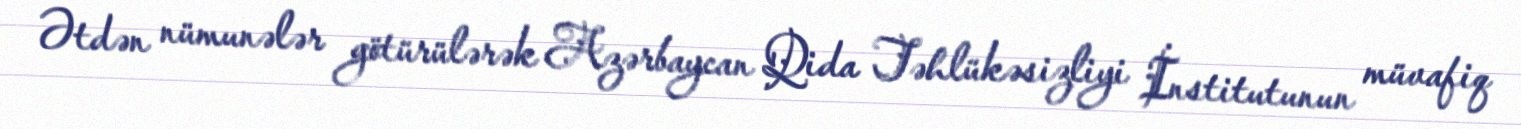
Ətdən nümunələr götürülərək Azərbaycan Qida Təhlükəsizliyi İnstitutunun müvafiq